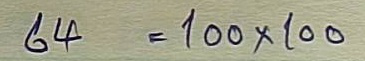
64 = 100x100